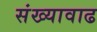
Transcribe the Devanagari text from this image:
संख्यावाढ